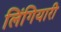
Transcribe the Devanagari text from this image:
लिंगियारी